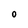
Character: 0